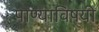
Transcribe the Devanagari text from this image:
पाण्याविषयी